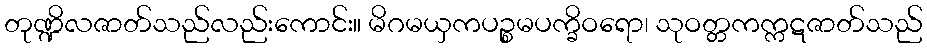
တုဏ္ဍိလဇာတ်သည်လည်းကောင်း။ မိဂမယှကပဉ္စမပက္ခိဝရော၊ သုဝတ္တကက္ကဋဇာတ်သည်